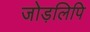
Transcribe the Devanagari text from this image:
जोड़लिपि